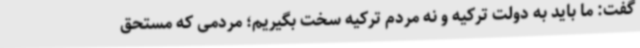
گفت: ما باید به دولت ترکیه و نه مردم ترکیه سخت بگیریم؛ مردمی که مستحق